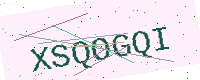
Text: XSQOGQI